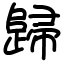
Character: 歸